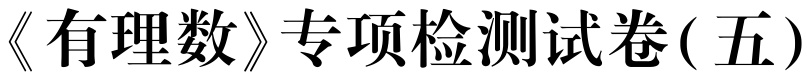
《有理数》专项检测试卷( 五)